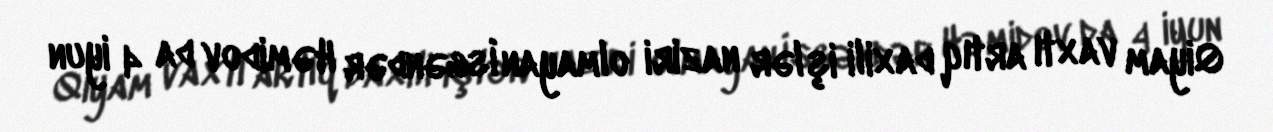
Qiyam vaxtı artıq daxili işlər naziri olmayan İsgəndər Həmidov da 4 iyun